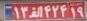
۱۳ا۴۲۴۱۹